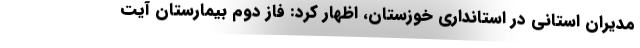
مدیران استانی در استانداری خوزستان، اظهار کرد: فاز دوم بیمارستان آیت